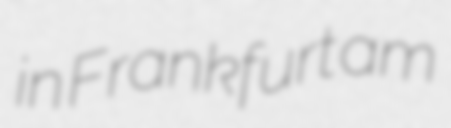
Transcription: in Frankfurt am